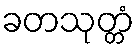
ခတသုတ္တံ